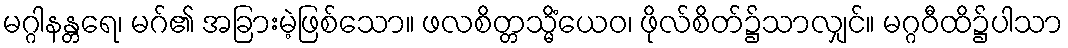
မဂ္ဂါနန္တရေ၊ မဂ်၏ အခြားမဲ့ဖြစ်သော။ ဖလစိတ္တသ္မိံယေဝ၊ ဖိုလ်စိတ်၌သာလျှင်။ မဂ္ဂဝီထိ၌ပါသာ